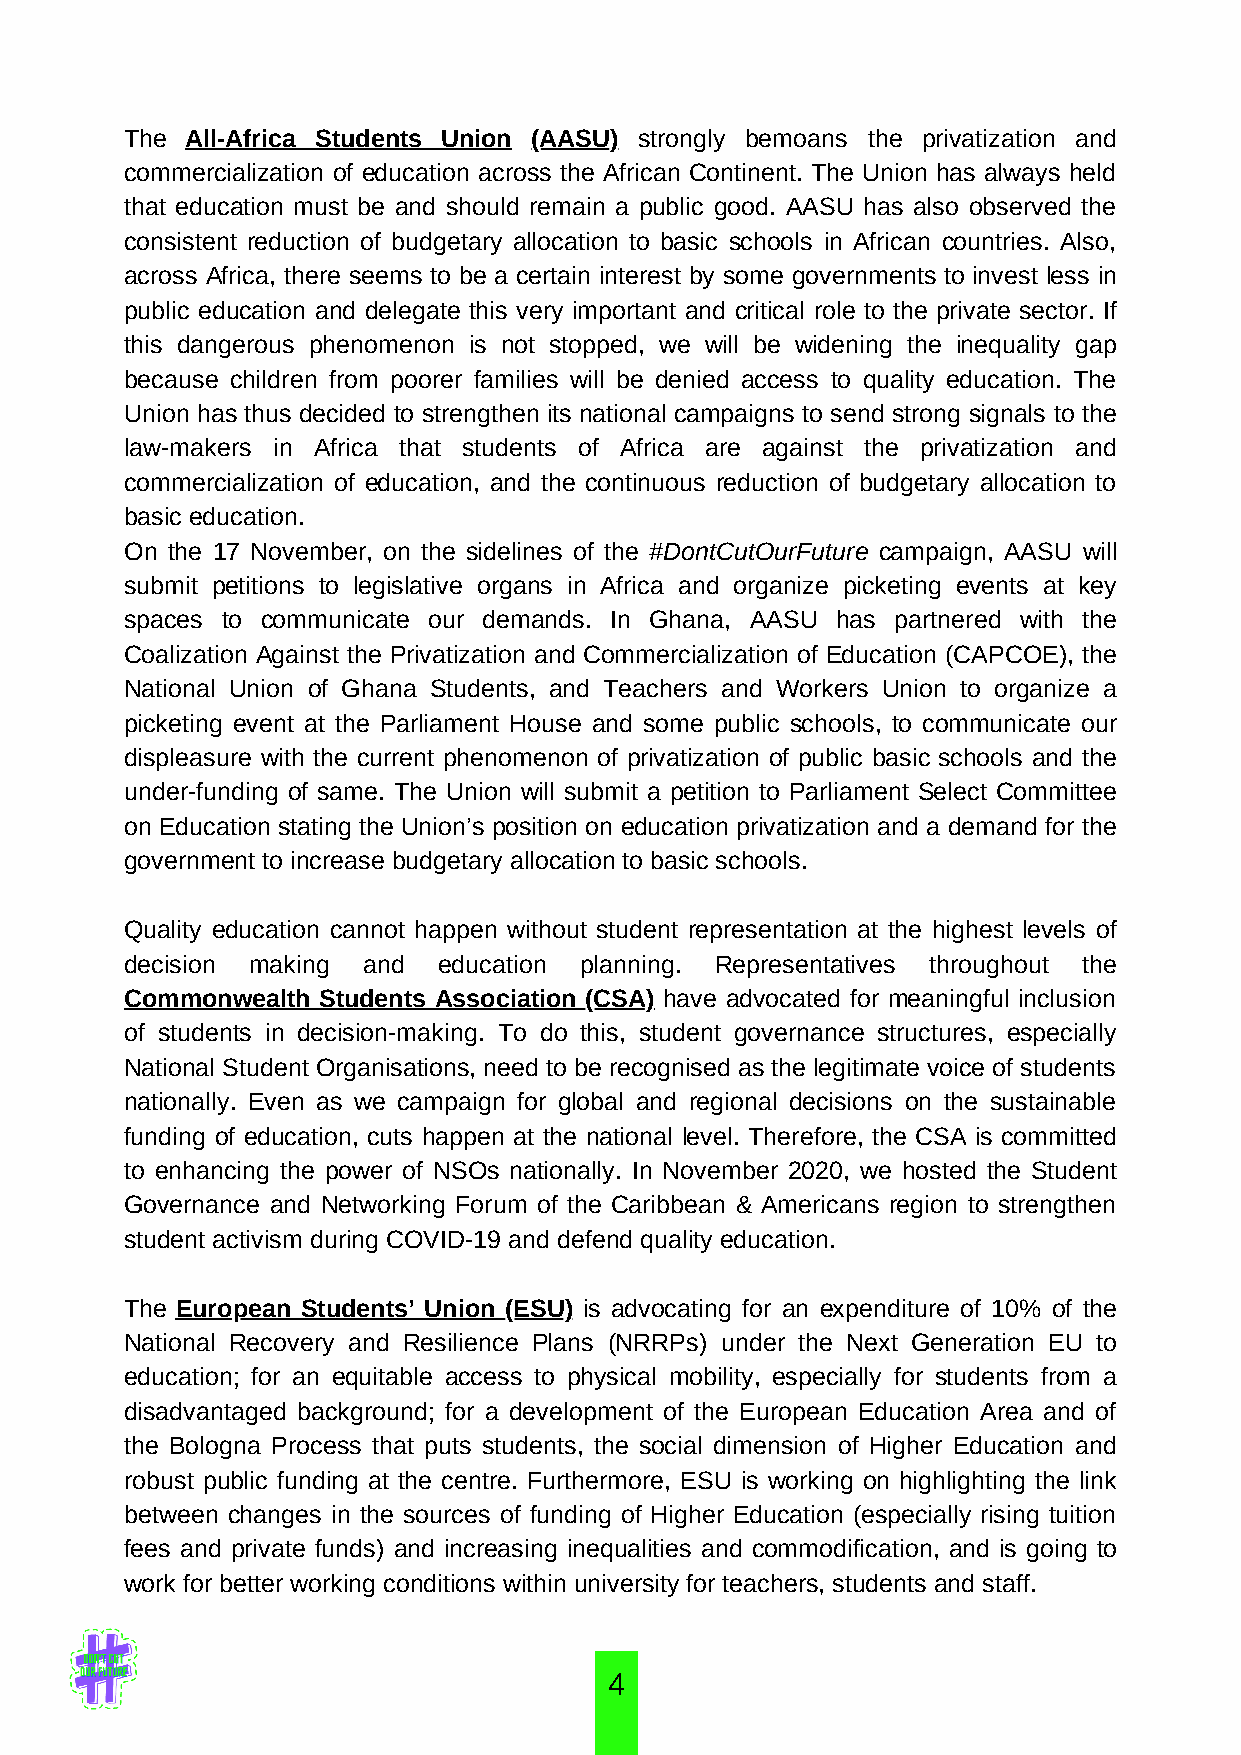
The All-Africa Students Union (AASU) strongly bemoans the privatization and
 commercialization of education across the African Continent. The Union has always held
 that education must be and should remain a public good. AASU has also observed the
 consistent reduction of budgetary allocation to basic schools in African countries. Also,
 across Africa, there seems to be a certain interest by some governments to invest less in
 public education and delegate this very important and critical role to the private sector. If
 this dangerous phenomenon is not stopped, we will be widening the inequality gap
 because children from poorer families will be denied access to quality education. The
 Union has thus decided to strengthen its national campaigns to send strong signals to the
 law-makers in Africa that students of Africa are against the privatization and
 commercialization of education, and the continuous reduction of budgetary allocation to
 basic education.
 On the 17 November, on the sidelines of the #DontCutOurFuture campaign, AASU will
 submit petitions to legislative organs in Africa and organize picketing events at key
 spaces to communicate our demands. In Ghana, AASU has partnered with the
 Coalization Against the Privatization and Commercialization of Education (CAPCOE), the
 National Union of Ghana Students, and Teachers and Workers Union to organize a
 picketing event at the Parliament House and some public schools, to communicate our
 displeasure with the current phenomenon of privatization of public basic schools and the
 under-funding of same. The Union will submit a petition to Parliament Select Committee
 on Education stating the Union’s position on education privatization and a demand for the
 government to increase budgetary allocation to basic schools.
 Quality education cannot happen without student representation at the highest levels of
 decision making and  education planning. Representatives throughout the
 Commonwealth Students Association (CSA) have advocated for meaningful inclusion
 of students in decision-making. To do this, student governance structures, especially
 National Student Organisations, need to be recognised as the legitimate voice of students
 nationally. Even as we campaign for global and regional decisions on the sustainable
 funding of education, cuts happen at the national level. Therefore, the CSA is committed
 to enhancing the power of NSOs nationally. In November 2020, we hosted the Student
 Governance and Networking Forum of the Caribbean & Americans region to strengthen
 student activism during COVID-19 and defend quality education.
 The European Students’ Union (ESU) is advocating for an expenditure of 10% of the
 National Recovery and Resilience Plans (NRRPs) under the Next Generation EU to
 education; for an equitable access to physical mobility, especially for students from a
 disadvantaged background; for a development of the European Education Area and of
 the Bologna Process that puts students, the social dimension of Higher Education and
 robust public funding at the centre. Furthermore, ESU is working on highlighting the link
 between changes in the sources of funding of Higher Education (especially rising tuition
 fees and private funds) and increasing inequalities and commodification, and is going to
 work for better working conditions within university for teachers, students and staff.
 4